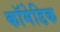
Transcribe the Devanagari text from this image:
कॉमेडिक